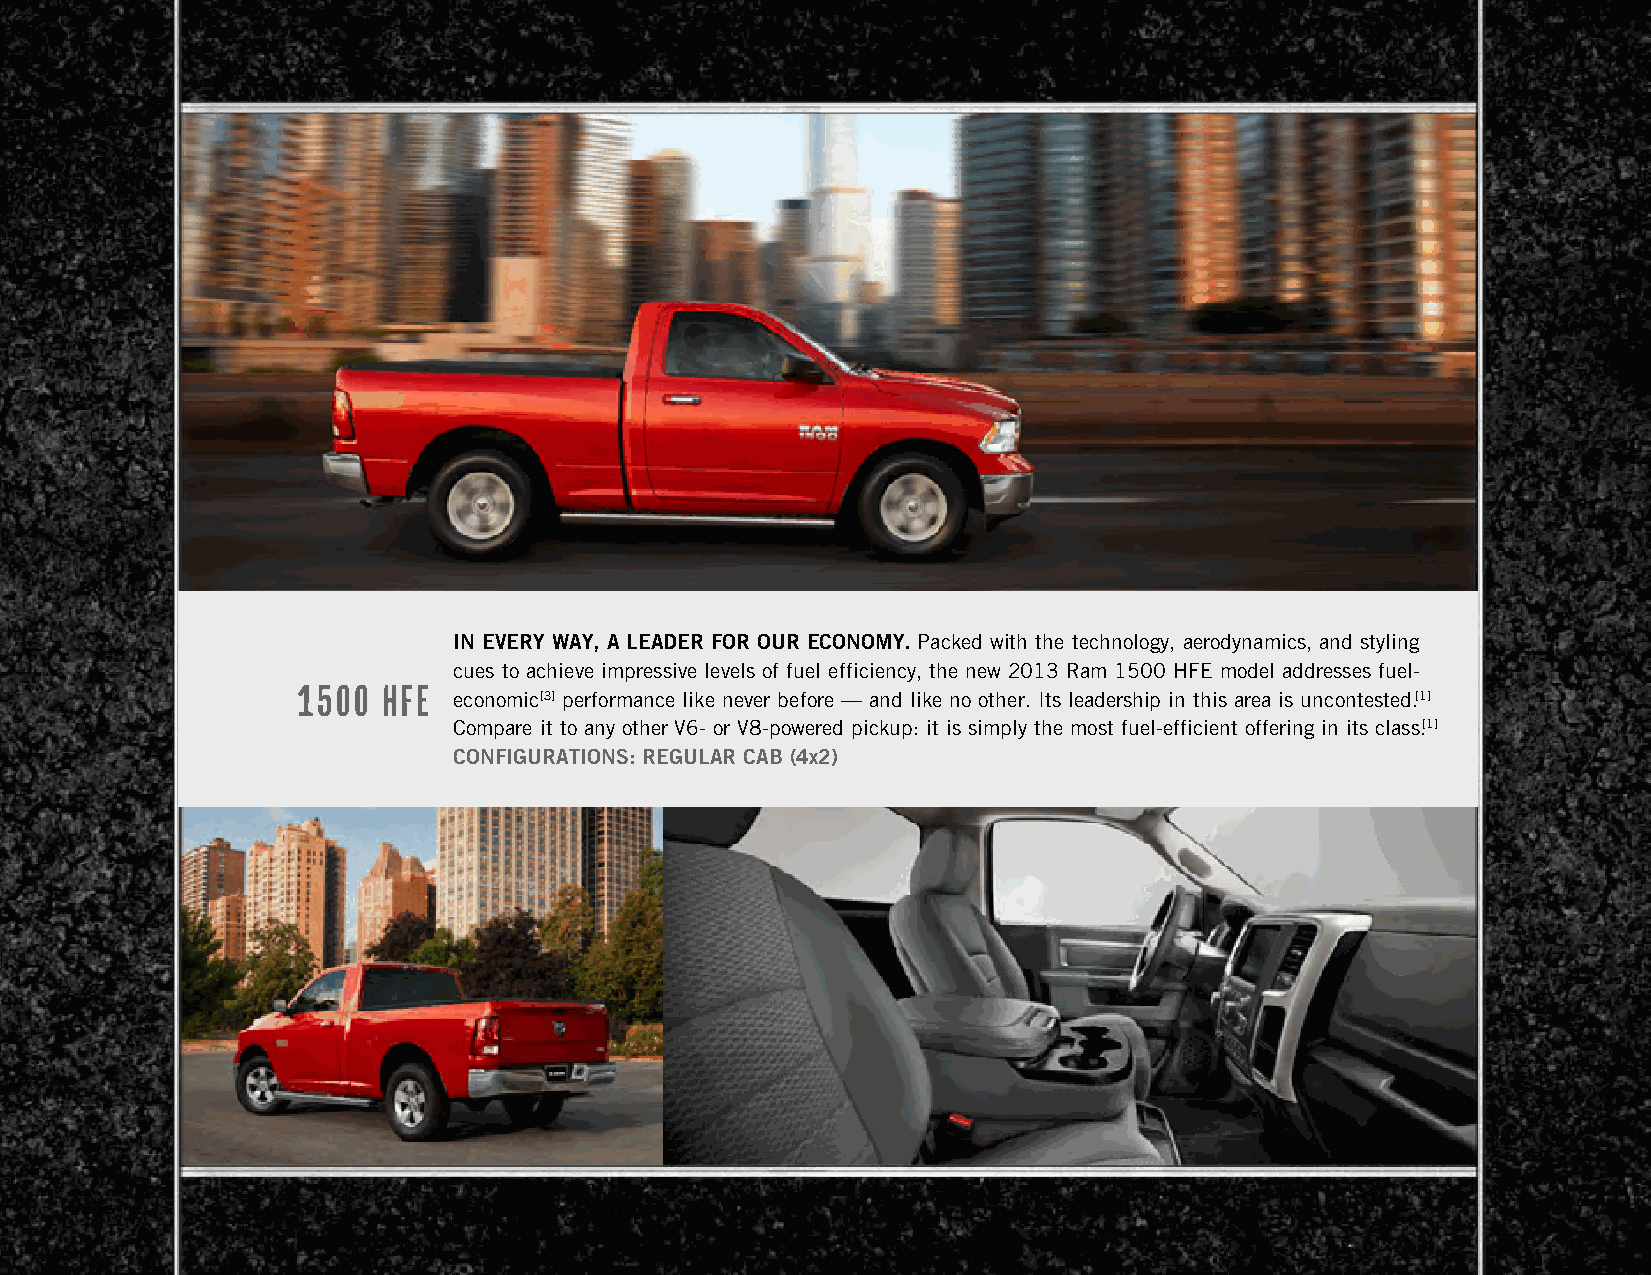
iN EvERy wAy, A lEAdER FOR OuR ECONOMy. Packed with the technology, aerodynamics, and styling
 cues to achieve impressive levels of fuel efficiency, the new 2013 Ram 1500 HFE model addresses fuel-
 1500 hfe
 economic[3] performance like never before — and like no other. Its leadership in this area is uncontested.[1]
 Compare it to any other V6- or V8-powered pickup: it is simply the most fuel-efficient offering in its class.[1]
 CONFiguRAtiONs: REgulAR CAb (4x2)
 Page 31